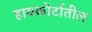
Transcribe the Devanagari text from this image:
हायकोर्टातील